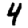
Digit: 4